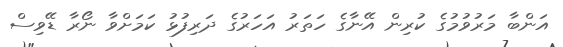
އަންބާ މަރުވުމުގެ ކުރިން އޭނާގެ ހަތަރު އަހަރުގެ ދަރިފުޅު ކަމަށްވާ ނޯރާ ޑޭވިސް